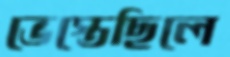
ভেস্তেছিলে